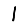
Digit: 1